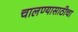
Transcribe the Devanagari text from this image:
चालण्यासाठीचा